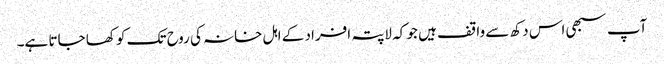
آپ سبھی اس دکھ سے واقف ہیں جو کہ لاپتہ افراد کے اہل خانہ کی روح تک کو کھا جاتا ہے۔